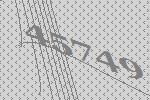
45749